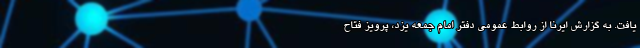
یافت. به گزارش ایرنا از روابط عمومی دفتر امام جمعه یزد، پرویز فتاح